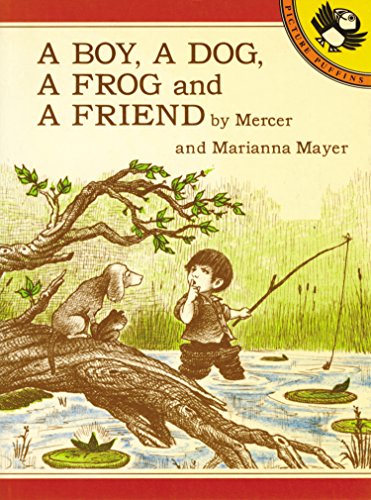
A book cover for A Boy, a Dog, a Frog, and a Friend (A Boy, a Dog, and a Frog); Mercer Mayer; Children's Books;